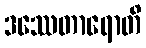
ဒဿေတာရောတိ